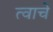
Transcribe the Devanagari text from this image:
त्वाचे